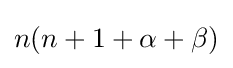
n(n+1+\alpha +\beta )